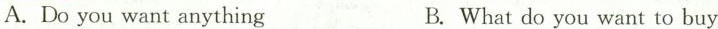
A. Do you want anything B. What do you want to buy